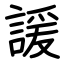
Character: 諼